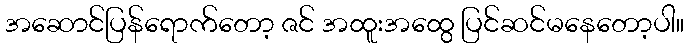
အဆောင်ပြန်ရောက်တော့ ဇင် အထူးအထွေ ပြင်ဆင်မနေတော့ပါ။